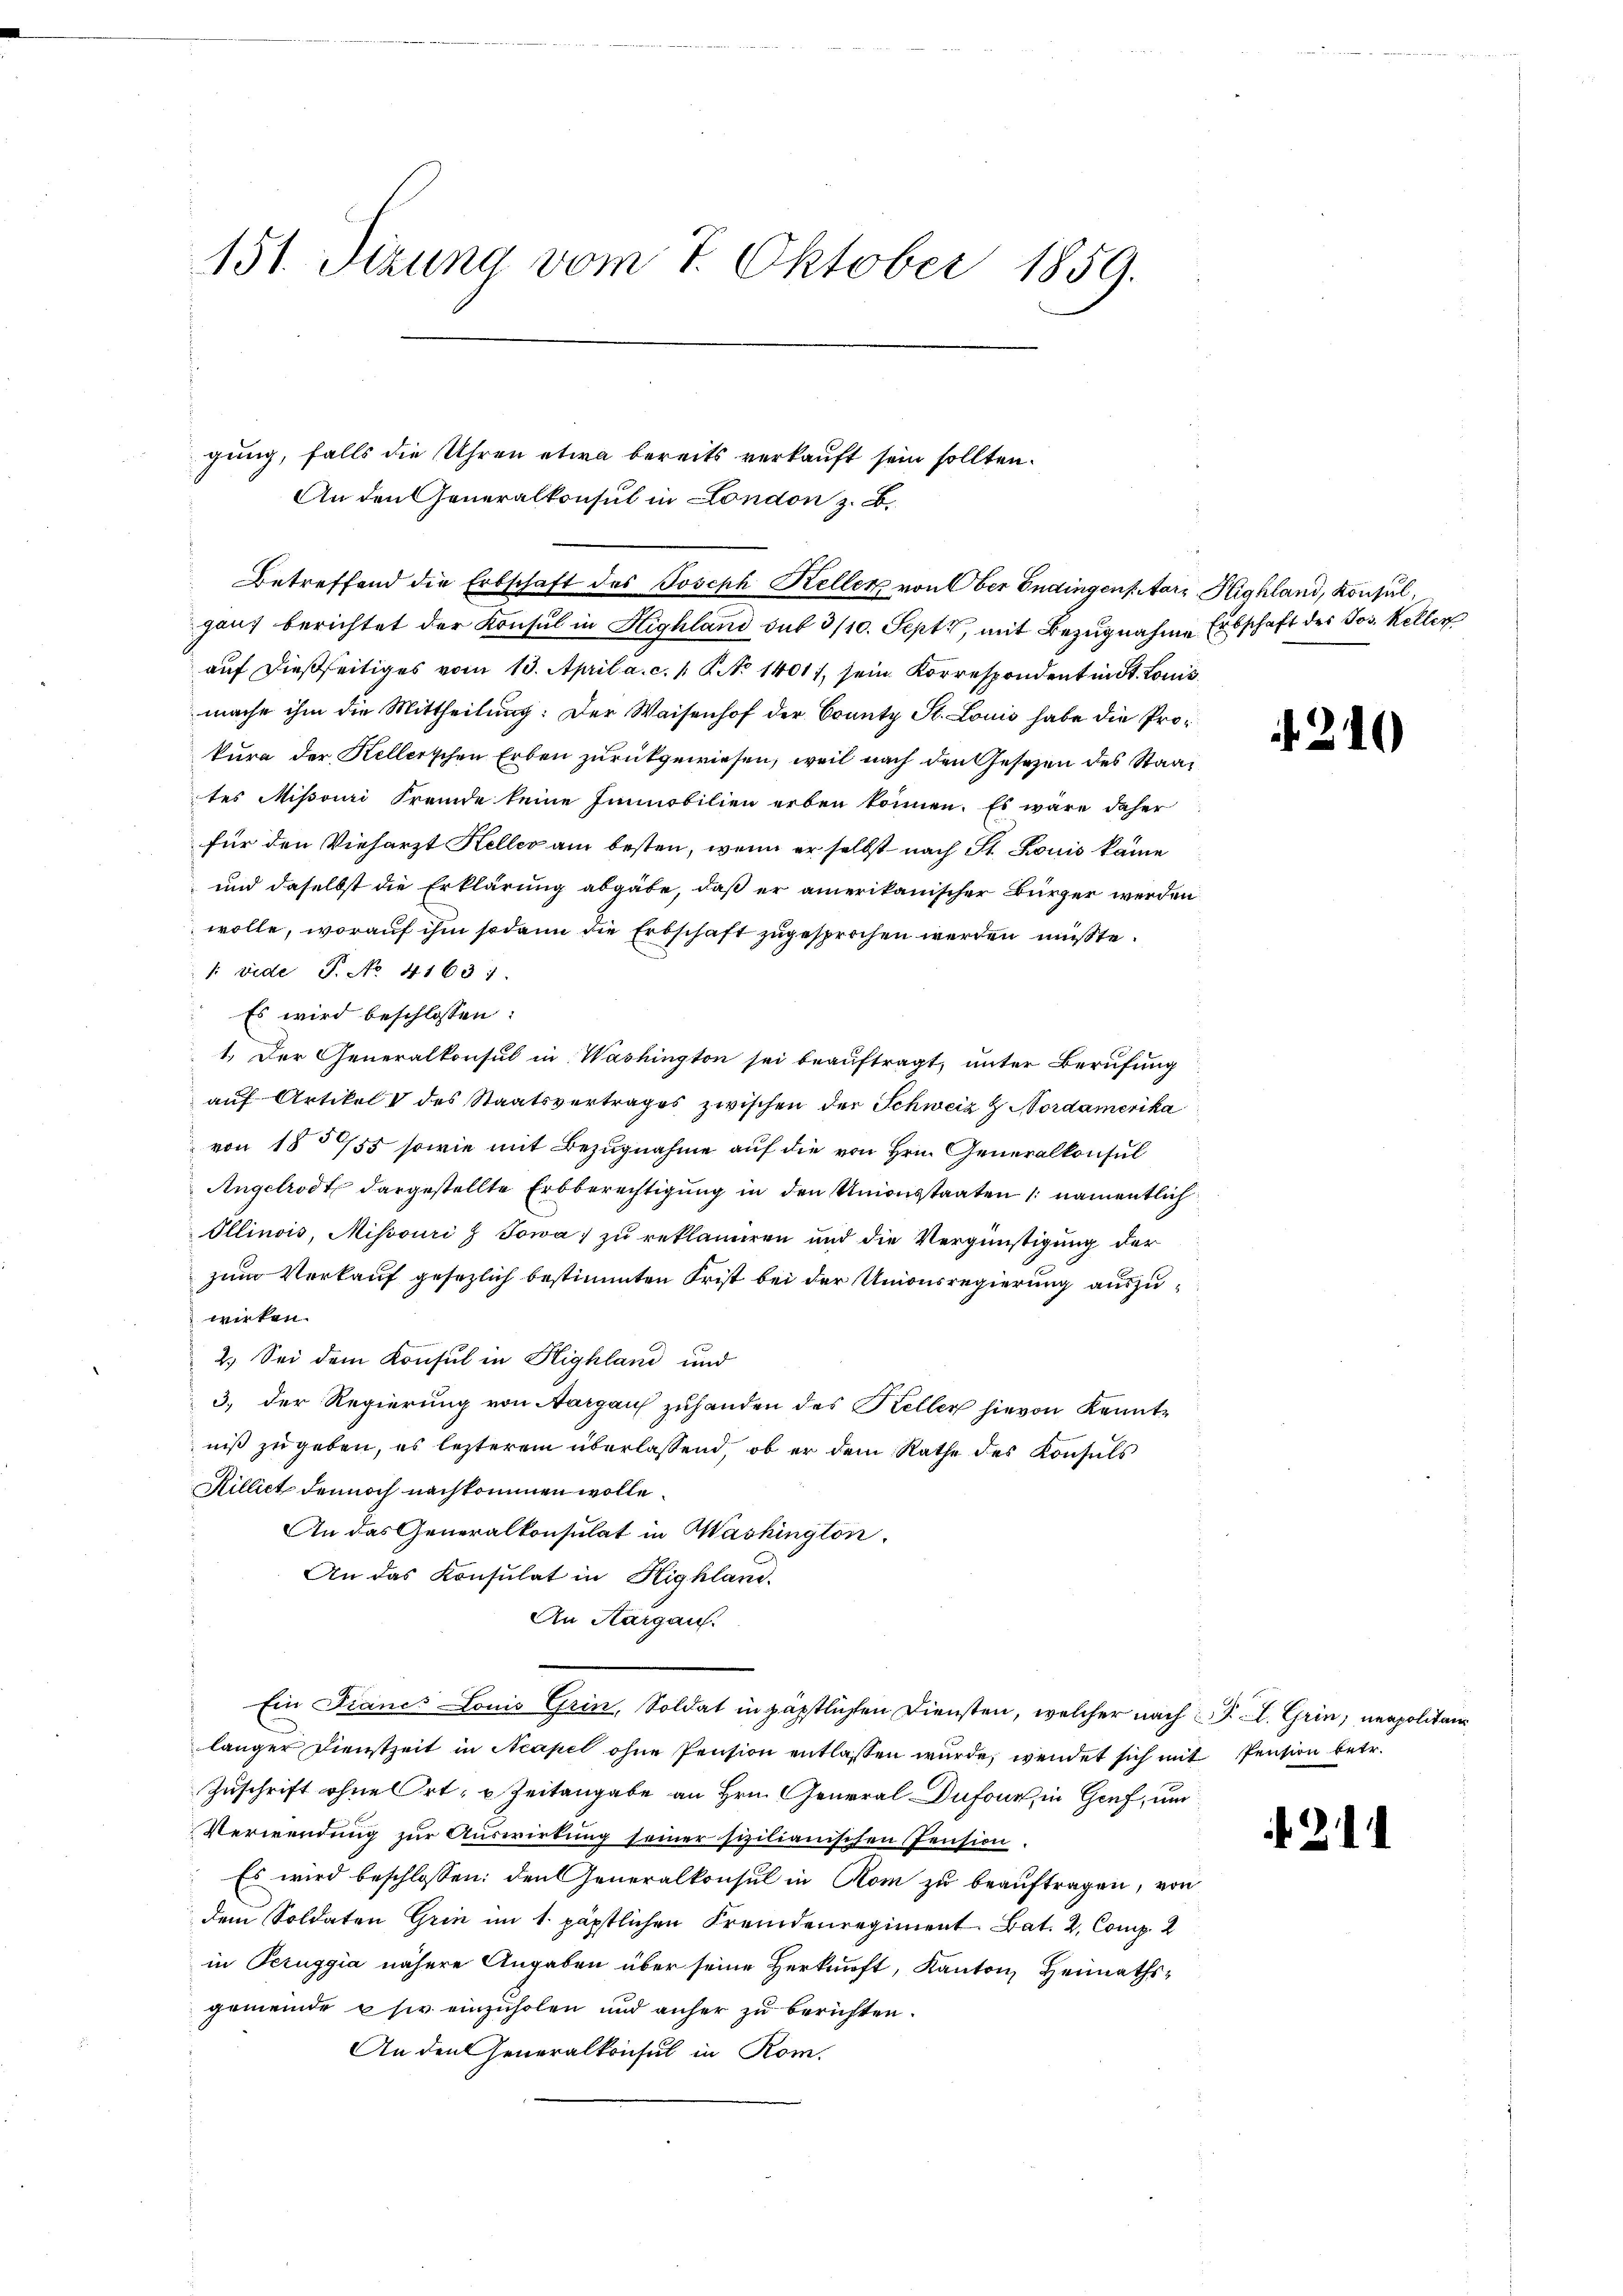
151. Sizung vom 7. Oktober 1859.

Betreffend die Erbschaft des Joseph Keller von Ober Endingen starz Highland, Konsul¬

gung, falls die Uhren etwa bereits verkauft sein sollten.
An den Generalkonsul in London z. B.

ganz berichtet der Konsul in Highland dur 3/10. Sept., mit Bezugnahme Erbschaft des Jos. Keller
auf dießseitiges vom 13. April a. c. 1. No 1401, sein Korrespondent in St. Louis
mache ihm die Mittheilung: Der Waisenhof der County St. Louis habe die Prokura der Kellerschen Erben zurückgewiesen, weil nach den Gesetzen des Staat
tes Missouri fremde keine Immobilien erben können. Es wäre daher
für den Vieharzt Heller am besten, wenn er selbst nach St. Louis kame
und daselbst die Erklärung abgäbe, daß er amerikanischer Bürger werden
wolle, worauf ihm sodann die Erbschaft zugesprochen werden müßte.
: vide P. No 41631.
Es wird beschlossen:
1. Der Generalkonsul in Washington sei beauftragt, unter Berufung
auf Artikel V des Staatsvertrages zwischen der Schweiz Z Nordamerika
von 185755 sowie mit Bezugnahme auf die von Hrn. Generalkonsul
Angelrodt dargestellte Erbberechtigung in den Unionsstaaten (namentlich
Ollinois, Missouri z Sowa zu reklamiren und die Vergünstigung der
zum Verkauf gesezlich bestimmten Frist bei der Unionsregierung auszuwirken.
2.) Sei dem Konsul in Highland und
3.) Der Regierung von Aargaus zuhanden des Keller hievon Kenntniß zu geben, es lezterem überlassend, ob er dem Rathe des Konsuls
Rillict dennoch nachkommen wolle.
An das Generalkonsulat in Washington.
An das Konsulat in Highland.
An Aargau.
Ein Francs Louis Grin, Soldat in päpstlichen Diensten, welcher nach P. L. Grin, neapolitai
länger Dienstzeit in Neapel ohne Pension entlassen wurde, wendet sich mit Pension betr.
Zuschrift ohne Ort, u. Zeitangabe an Hrn. General Dufour, in Genf, und
Verwendung zur Auswirkung seiner sizilianischen Pension.
 Es wird beschlossen: den Generalkonsul in Rom zu beauftragen, von
dem Soldaten Grin im 1. päpstlichen Fremdenregiment. Bat. 2, Comp. 2
in Bezuggia nähere Angaben über seine Herkunft, Kanton Heimathsgemeinde sie einzuholen und anher zu berichten.
An den Generalkonsul in Rom.

. 21

211